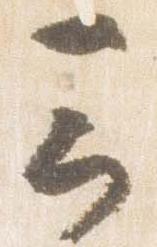
云